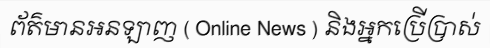
ព័ត៌មានអនឡាញ ( Online News ) និងអ្នកប្រើប្រាស់